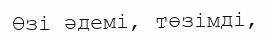
Өзі әдемі, төзімді,